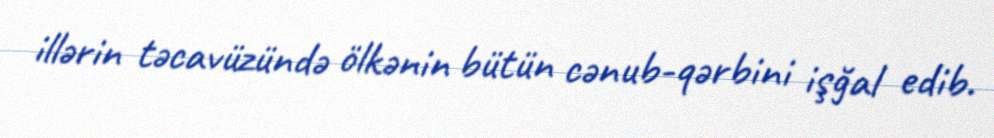
illərin təcavüzündə ölkənin bütün cənub-qərbini işğal edib.